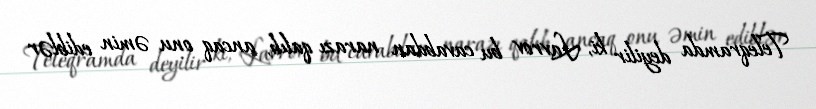
Teleqramda deyilir ki, Lavrov bu cavabdan narazı qalıb, ancaq onu əmin ediblər